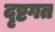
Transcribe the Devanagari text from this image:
दृष्टगत